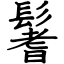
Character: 鬐